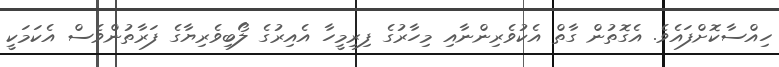
ހިއްސާކޮށްފައެވެ. އެގޮތުން ގާތް އެކުވެރިންނާއި މިހާރުގެ ފިރިމީހާ އެއިރުގެ ލޯބިވެރިޔާގެ ފަރާތުންވެސް އެކަމަކީ